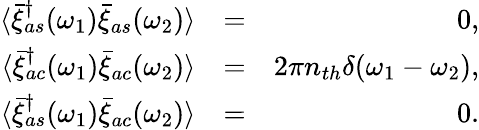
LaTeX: \begin{array}{rlr}{\langle\bar{\xi}_{as}^{\dagger}(\omega_{1})\bar{\xi}_{as}(\omega_{2})\rangle}&{=}&{0,}\\ {\langle\bar{\xi}_{ac}^{\dagger}(\omega_{1})\bar{\xi}_{ac}(\omega_{2})\rangle}&{=}&{2\pi n_{th}\delta(\omega_{1}-\omega_{2}),}\\ {\langle\bar{\xi}_{as}^{\dagger}(\omega_{1})\bar{\xi}_{ac}(\omega_{2})\rangle}&{=}&{0.}\end{array}